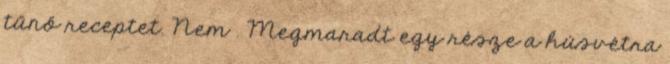
tűnő receptet. Nem . Megmaradt egy része a húsvétra